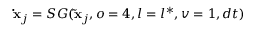
\mathbf { \dot { x } } _ { j } = S G ( \mathbf { \Tilde { x } } _ { j } , o = 4 , l = l ^ { \ast } , v = 1 , d t )